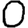
Digit: 0